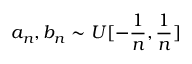
a _ { n } , b _ { n } \sim U [ - \frac { 1 } { n } , \frac { 1 } { n } ]